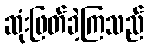
ဆုံးဖြတ်ခဲ့ကြသည်